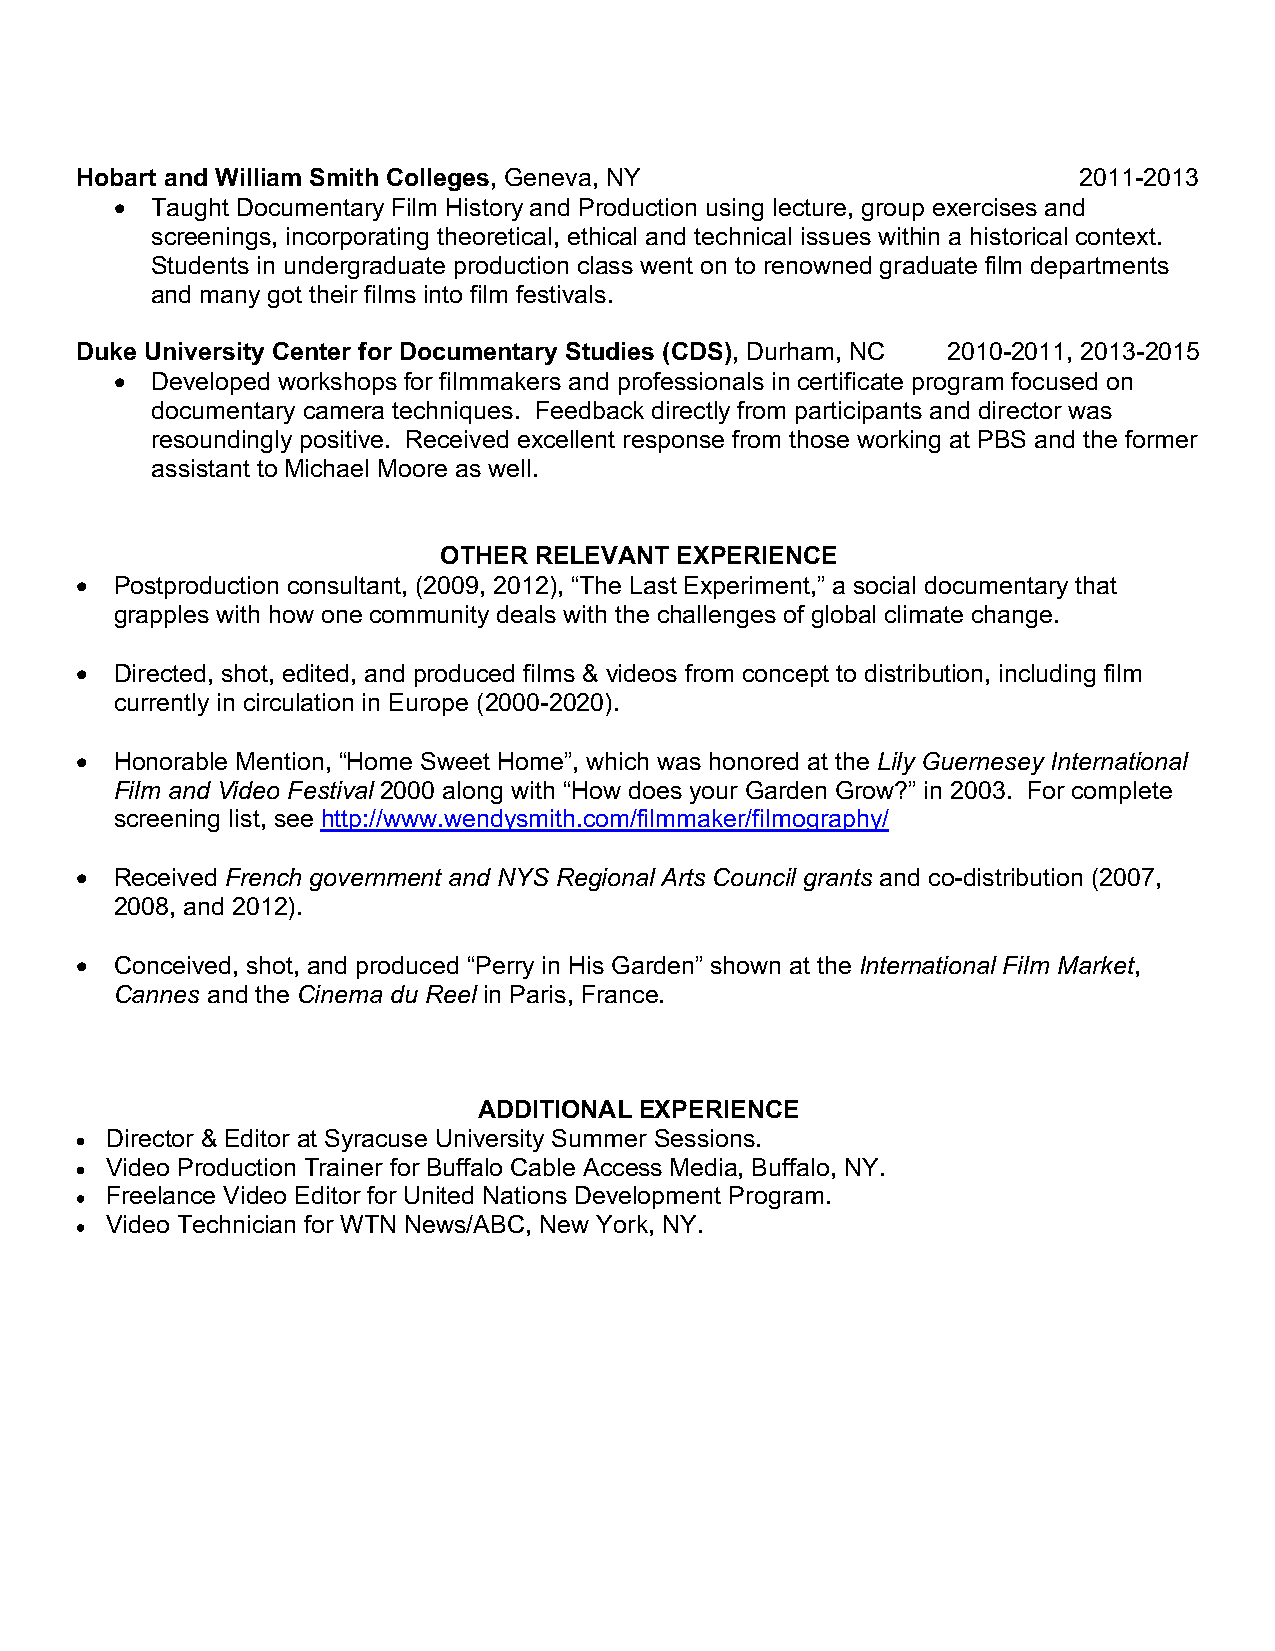
Hobart and William Smith Colleges, Geneva, NY                     2011-2013
 • Taught Documentary Film History and Production using lecture, group exercises and
 screenings, incorporating theoretical, ethical and technical issues within a historical context.
 Students in undergraduate production class went on to renowned graduate film departments
 and many got their films into film festivals.
 Duke University Center for Documentary Studies (CDS), Durham, NC 2010-2011, 2013-2015
 • Developed workshops for filmmakers and professionals in certificate program focused on
 documentary camera techniques. Feedback directly from participants and director was
 resoundingly positive. Received excellent response from those working at PBS and the former
 assistant to Michael Moore as well.
 OTHER RELEVANT  EXPERIENCE
 •  Postproduction consultant, (2009, 2012), “The Last Experiment,” a social documentary that
 grapples with how one community deals with the challenges of global climate change.
 •  Directed, shot, edited, and produced films & videos from concept to distribution, including film
 currently in circulation in Europe (2000-2020).
 •  Honorable Mention, “Home Sweet Home”, which was honored at the Lily Guernesey International
 Film and Video Festival 2000 along with “How does your Garden Grow?” in 2003. For complete
 screening list, see http://www.wendysmith.com/filmmaker/filmography/
 •  Received French government and NYS Regional Arts Council grants and co-distribution (2007,
 2008, and 2012).
 •  Conceived, shot, and produced “Perry in His Garden” shown at the International Film Market,
 Cannes and the Cinema du Reel in Paris, France.
 ADDITIONAL EXPERIENCE
 • Director & Editor at Syracuse University Summer Sessions.
 • Video Production Trainer for Buffalo Cable Access Media, Buffalo, NY.
 • Freelance Video Editor for United Nations Development Program.
 • Video Technician for WTN News/ABC, New York, NY.